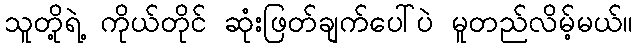
သူတို့ရဲ့ ကိုယ်တိုင် ဆုံးဖြတ်ချက်ပေါ်ပဲ မူတည်လိမ့်မယ်။